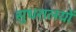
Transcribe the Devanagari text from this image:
सुधरालयों